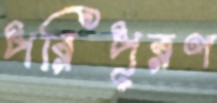
পরিপূরণ